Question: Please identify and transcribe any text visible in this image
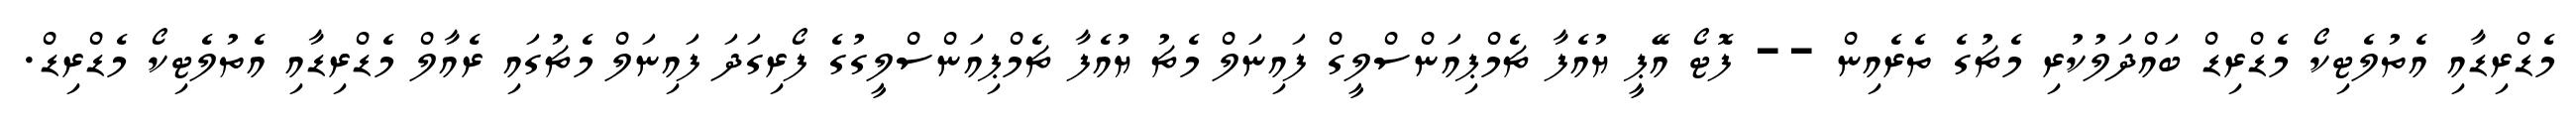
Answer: މެޑްރިޑާއި އެތުލެޓިކޯ މެޑްރިޑް ބައްދަލުކުރި މެޗުގެ ތެރެއިން -- ފޮޓޯ އޭޕީ ޔުއެފާ ޗެމްޕިއަންސްލީގް ފައިނަލް މެޗު ޔުއެފާ ޗެމްޕިއަންސްލީގުގެ ފޯރިގަދަ ފައިނަލް މެޗުގައި ރެއާލް މެޑްރިޑާއި އެތުލެޓިކޯ މެޑްރިޑް.